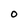
Character: O